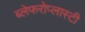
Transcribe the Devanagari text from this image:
ब्लेफरोप्लास्टी